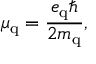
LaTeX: \mu _ { \mathrm { q } } = { \frac { e _ { \mathrm { q } } \hbar } { 2 m _ { \mathrm { q } } } } ,